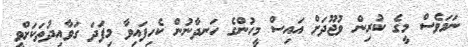
ނަމަވެސް މީގެ ކުރިން ވުޖޫދަށް އައިސް މީހުންގެ ހަނދާނުން ކެހިފައިވާ މިފަދަ ގަވާއިދުތަކަށްވީ